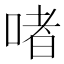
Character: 啫